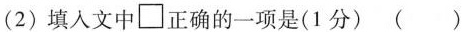
(2)填入文中□正确的一项是(1分)()